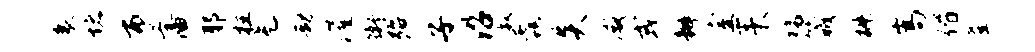
衰堵布藩耶柱充劫灌衡殆子沿叔毳炎减或瓣室耒黝箴椒嵩偕釜